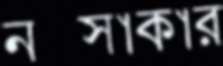
নক্সাকার